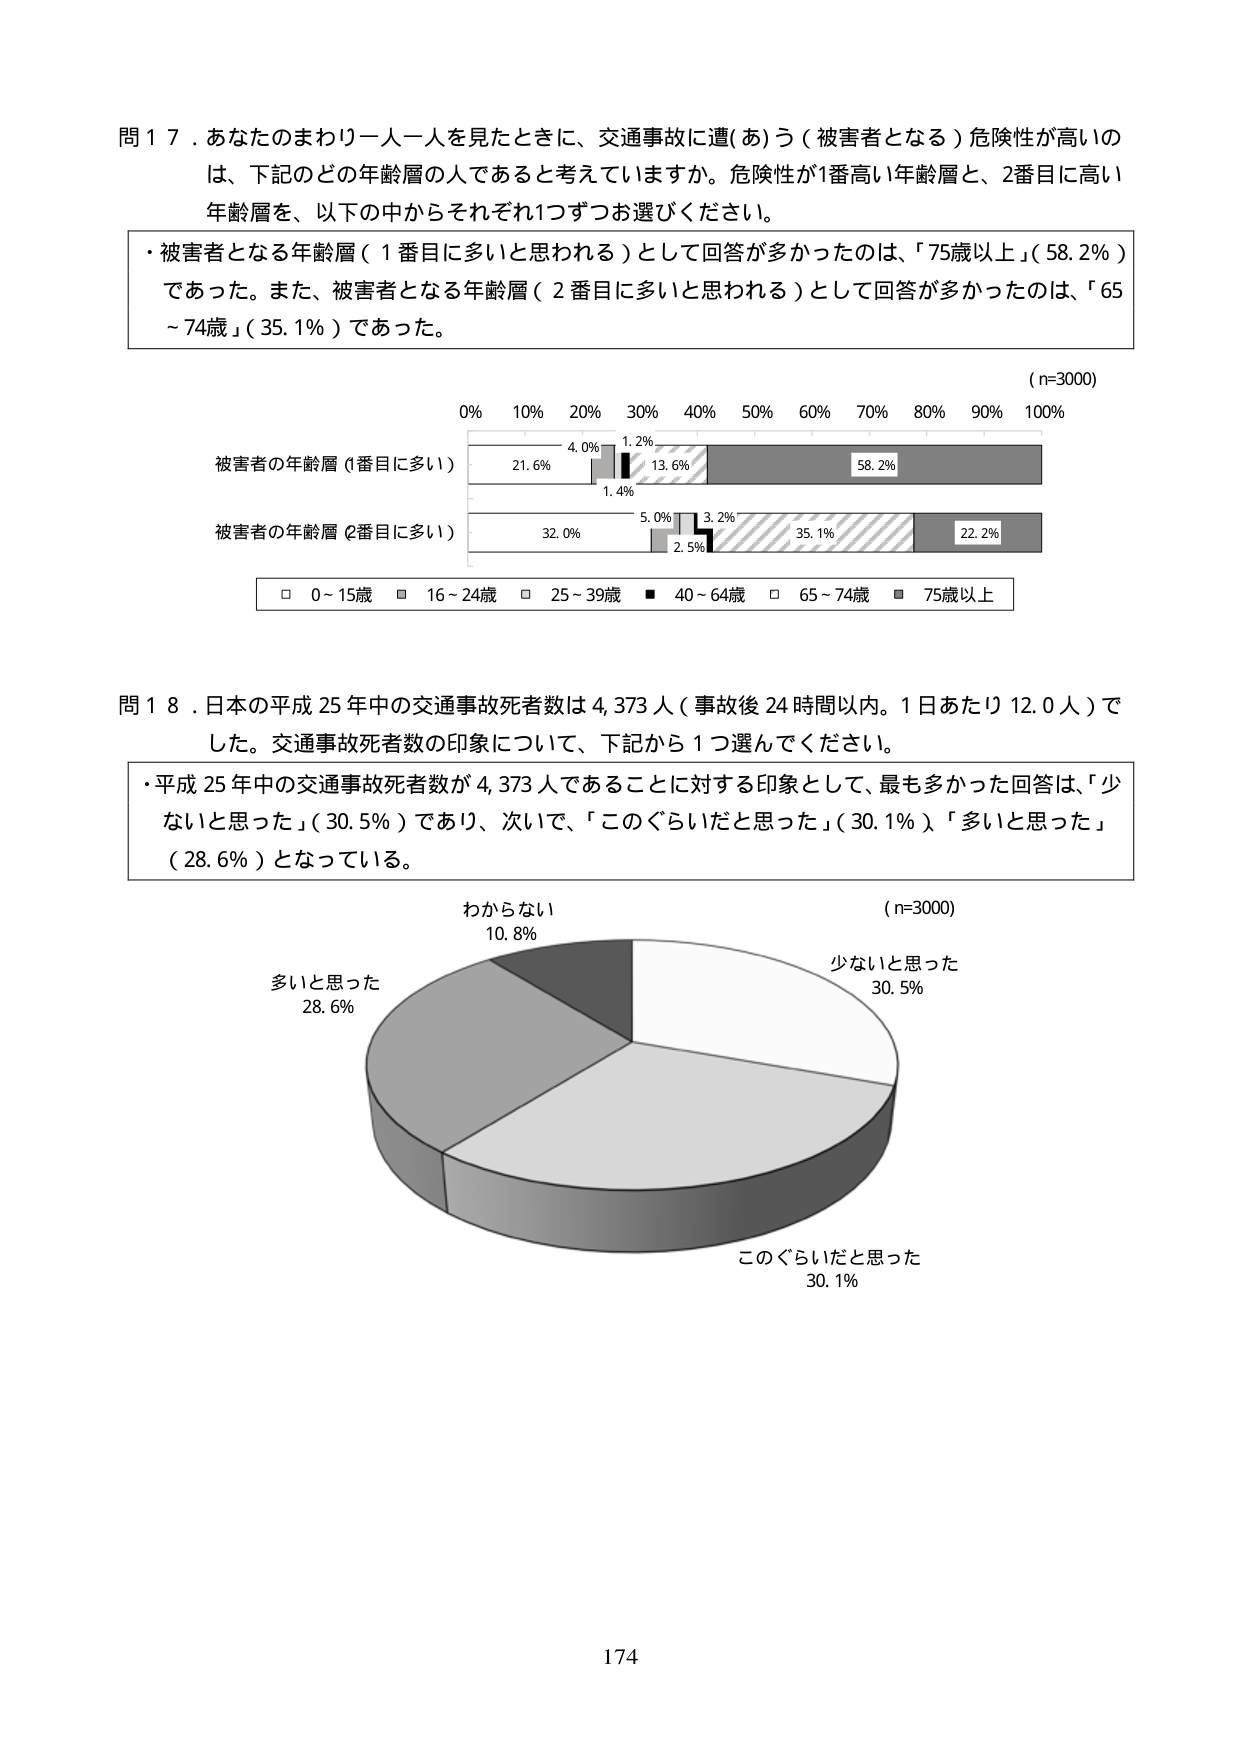
問１７．あなたのまわり一人一人を見たときに、交通事故に遭(あ)う（被害者となる）危険性が高いのは、下記のどの年齢層の人であると考えていますか。危険性が1番高い年齢層と、2番目に高い年齢層を、以下の中からそれぞれ1つずつお選びください。

・被害者となる年齢層（1番目に多いと思われる）として回答が多かったのは、「75歳以上」（58.2％）であった。また、被害者となる年齢層（2番目に多いと思われる）として回答が多かったのは、「65～74歳」（35.1％）であった。

（n=3000）

被害者の年齢層（1番目に多い）
21.6%　4.0%　1.2%　13.6%　58.2%

被害者の年齢層（2番目に多い）
32.0%　5.0%　3.2%　35.1%　22.2%

□ 0～15歳　■ 16～24歳　□ 25～39歳　■ 40～64歳　□ 65～74歳　■ 75歳以上

問１８．日本の平成25年中の交通事故死者数は4,373人（事故後24時間以内。1日あたり12.0人）でした。交通事故死者数の印象について、下記から1つ選んでください。

・平成25年中の交通事故死者数が4,373人であることにに対する印象として、最も多かった回答は、「少ないと思った」（30.5％）であり、次いで、「このぐらいだと思った」（30.1％）、「多いと思った」（28.6％）となっている。

（n=3000）

わからない
10.8%

少ないと思った
30.5%

このぐらいだと思った
30.1%

多いと思った
28.6%

174